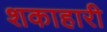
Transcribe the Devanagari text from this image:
शकाहारी